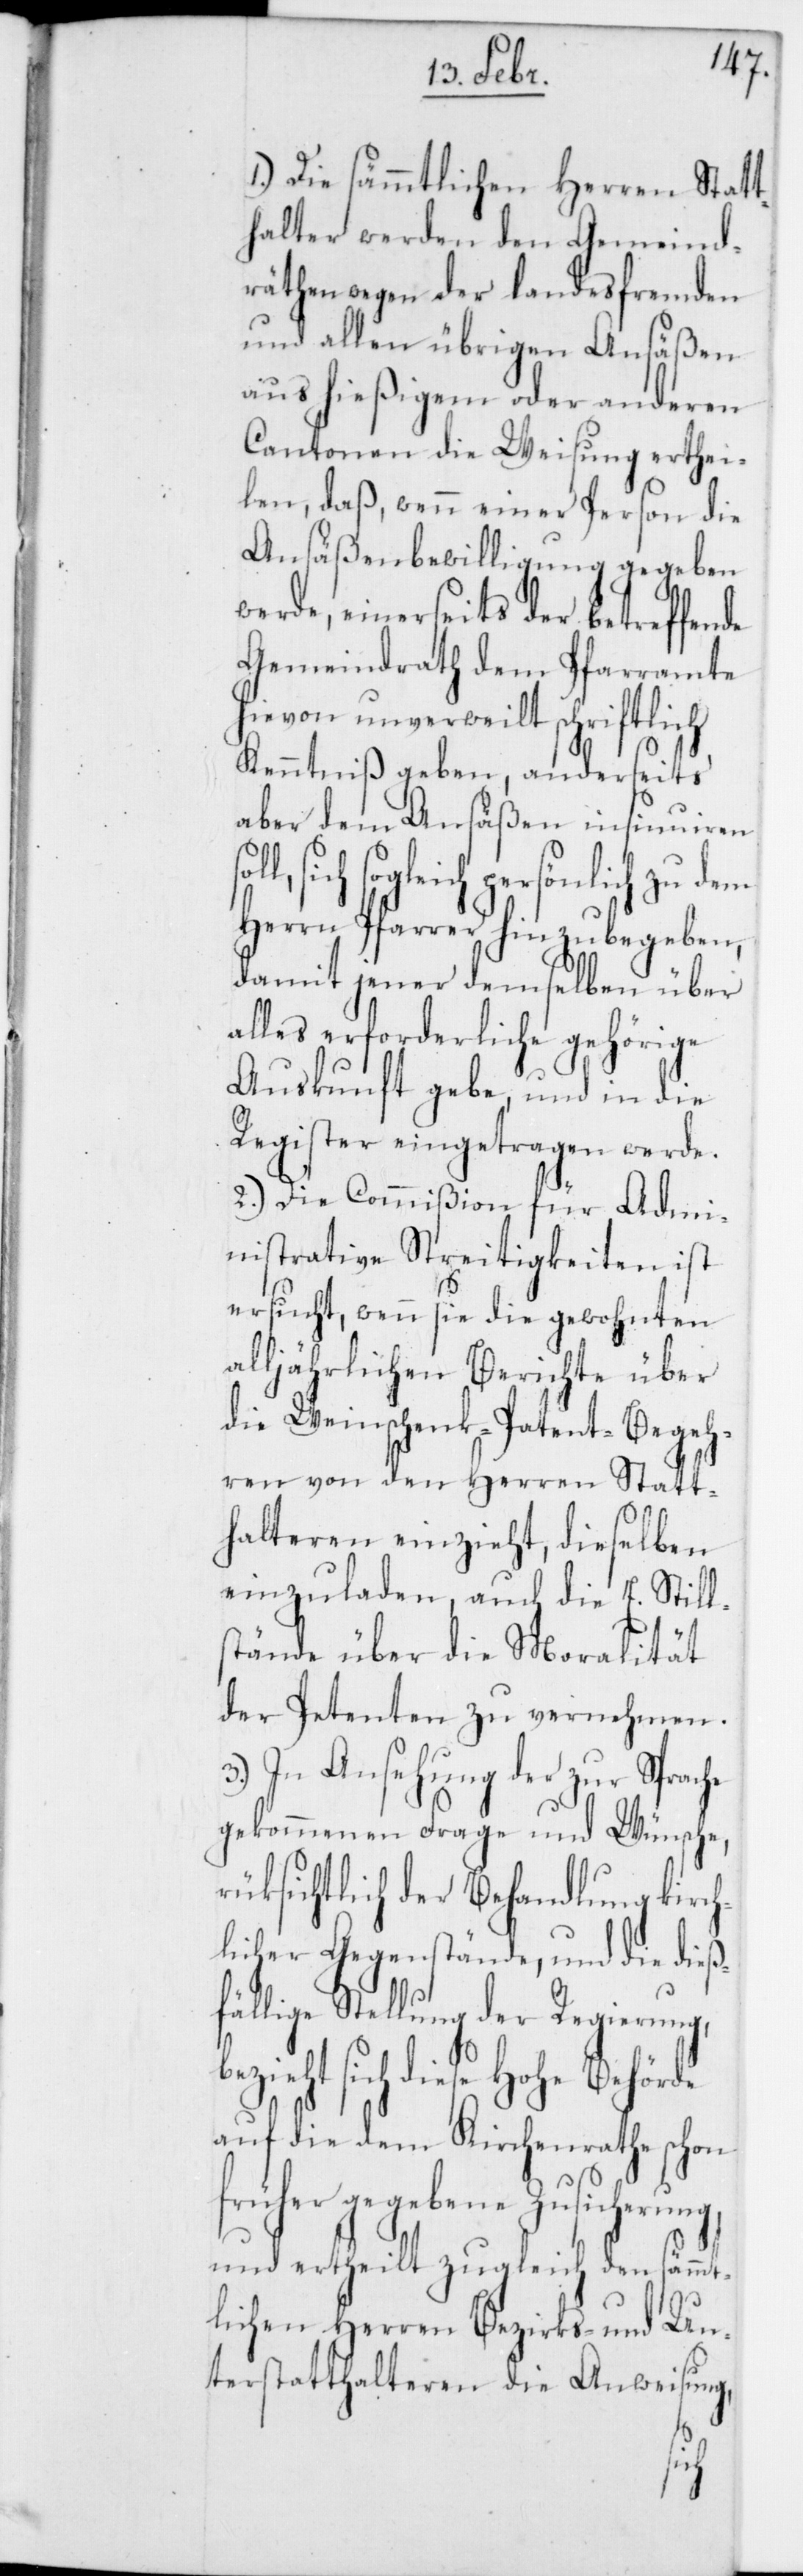
1.) Die sämmtlichen Herren Statt¬
halter werden den Gemeind¬
räthen wegen der landesfremden
und allen übrigen Ansäßen
aus hießigem oder anderen
Cantonen die Weisung erthei¬
len, daß, wenn einer Person die
Ansäßenbewilligung gegeben
werde, einerseits der betreffende
Gemeindrath dem Pfarramte
hievon unverweilt schriftlich
Kenntniß geben, anderseits
aber dem Ansäßen insinuiren
sich sogleich persönlich zu dem
Herrn Pfarrer hin zu begeben,
damit jener demselben über
alles erforderliche gehörige
Auskunft gebe, und in die
Register eingetragen werde.
2.) Die Commißion für Admi¬
nistrative Streitigkeiten ist
ersucht, wenn sie die gewohnten
alljährlichen Berichte über
die Weinschenk-Patent-Begeh¬
ren von den Herren Statt¬
halteren einzieht, dieselben
einzuladen, auch die E. Still¬
stände über die Moralität
der Petenten zu vernehmen.
3.) In Ansehung der zur Sprache
gekommenen Frage und Wünsche,
rüksichtlich der Behandlung kirch¬
licher Gegenstände, und die dieß¬
fällige Stellung der Regierung,
sich diese Hohe Behörde
auf die dem Kirchenrathe schon
früher gegebene Zusicherung,
und ertheilt zugleich den sämmt¬
lichen Herren Bezirks- und Un¬
terstatthalteren die Anweisung,